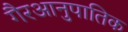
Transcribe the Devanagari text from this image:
गैरआनुपातिक